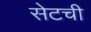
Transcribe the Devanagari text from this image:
सेटची